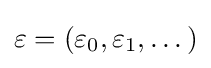
\mathbf {\varepsilon } =(\varepsilon _{0},\varepsilon _{1},\dots )